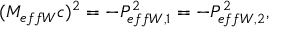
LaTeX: ( M _ { e f f W } c ) ^ { 2 } = - P _ { e f f W , 1 } ^ { 2 } = - P _ { e f f W , 2 } ^ { 2 } ,